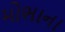
મોભાના